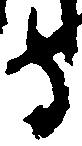
守